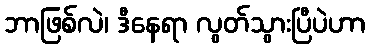
ဘာဖြစ်လဲ၊ ဒီနေရာ လွတ်သွားပြီပဲဟာ